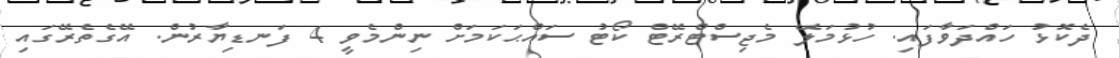
ދެކޮޅު ހައްދަވާފައި. ހުޅުމަލޭ މެޖިސްޓްރޭޓް ކޯޓު ސައްޙަކަމަށް ނިންމެވީ 4 ފަނޑިޔާރުން. އޭގެތެރޭގައި